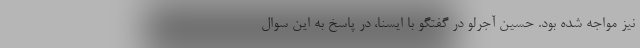
نیز مواجه شده بود. حسین آجرلو در گفتگو با ایسنا، در پاسخ به این سوال